Manual of vaccination for the United Provinces of Agra and Oudh -
Year: 1903
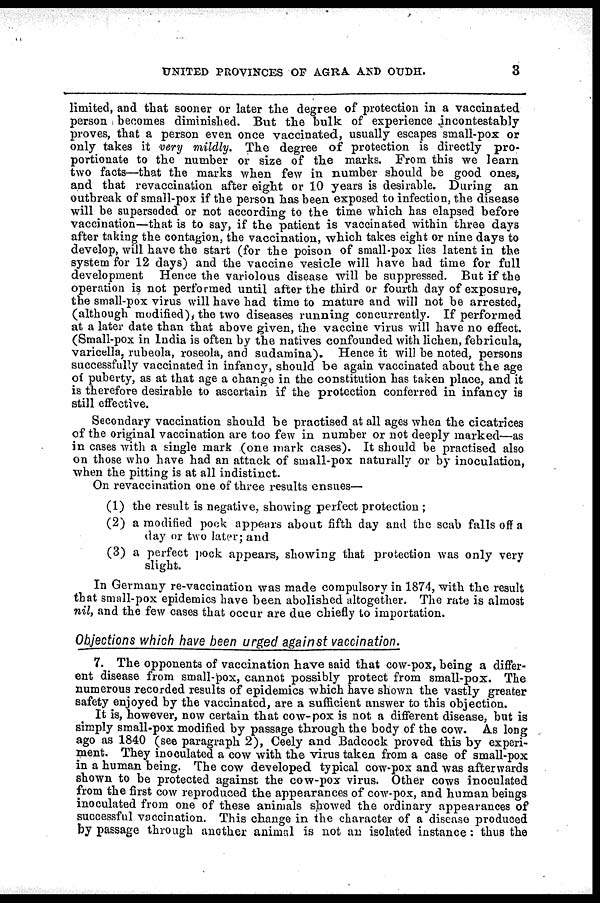
UNITED PROVINCES OF AGRA AND OUDH.
3
limited, and that sooner or later the degree of protection in a vaccinated
person becomes diminished. But the bulk of experience incontestable
proves, that a person even once vaccinated, usually escapes small-pox or
only takes it very mildly. The degree of protection is directly pro-
portionate to the number or size of the marks. From this we learn
two facts—that the marks when few in number should be good ones,
and that revaccination after eight or 10 years is desirable. During an
outbreak of small-pox if the person has been exposed to infection, the disease
will be superseded or not according to the time which has elapsed before
vaccination—that is to say, if the patient is vaccinated within three days
after taking the contagion, the vaccination, which takes eight or nine days to
develop, will have the start (for the poison of small-pox lies latent in the
system for 12 days) and the vaccine vesicle will have had time for full
development Hence the variolous disease will be suppressed. But if the
operation is not performed until after the third or fourth day of exposure,
the small-pox virus will have had time to mature and will not be arrested,
(although modified), the two diseases running concurrently. If performed
at a later date than that above given, the vaccine virus will have no effect.
(Small-pox in India is often by the natives confounded with lichen, febricula,
varicella, rubeola, roseola, and sudamina). Hence it will be noted, persons
successfully vaccinated in infancy, should be again vaccinated about the age
of puberty, as at that age a change in the constitution has taken place, and it
is therefore desirable to ascertain if the protection conferred in infancy is
still effective.
Secondary vaccination should be practised at all ages when the cicatrices
of the original vaccination are too few in number or not deeply marked—as
in cases with a single mark (one mark cases). It should be practised also
on those who have had an attack of small-pox naturally or by inoculation,
when the pitting is at all indistinct.
On revaccination one of three results ensues—
(1) the result is negative, showing perfect protection ;
(2) a modified pock appears about fifth day and the scab falls off a
day or two later; and
(3) a perfect pock appears, showing that protection was only very
slight.
In Germany re-vaccination was made compulsory in 1874, with the result
that small-pox epidemics have been abolished altogether. The rate is almost
nil, and the few cases that occur are due chiefly to importation.
Objections which have been urged against vaccination.
7. The opponents of vaccination have said that cow-pox, being a differ-
ent disease from small-pox, cannot possibly protect from small-pox. The
numerous recorded results of epidemics which have shown the vastly greater
safety enjoyed by the vaccinated, are a sufficient answer to this objection.
It is, however, now certain that cow-pox is not a different disease, but is
simply small-pox modified by passage through the body of the cow. As long
ago as 1840 (see paragraph 2), Ceely and Badcock proved this by experi-
ment. They inoculated a cow with the virus taken from a case of small-pox
in a human being. The cow developed typical cow-pox and was afterwards
shown to be protected against the cow-pox virus. Other cows inoculated
from the first cow reproduced the appearances of cow-pox, and human beings
inoculated from one of these animals showed the ordinary appearances of
successful vaccination. This change in the character of a disease produced
by passage through another animal is not an isolated instance: thus the